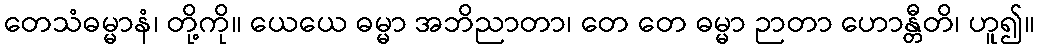
တေသံဓမ္မာနံ၊ တို့ကို။ ယေယေ ဓမ္မာ အဘိညာတာ၊ တေ တေ ဓမ္မာ ဉာတာ ဟောန္တီတိ၊ ဟူ၍။